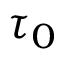
\boldsymbol { \tau } _ { 0 }